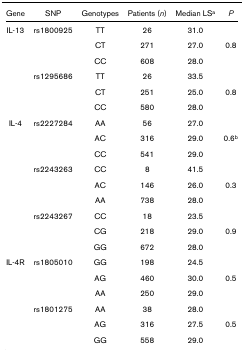
<table><thead><tr><td><b>Gene</b></td><td><b>SNP</b></td><td><b>Genotypes</b></td><td><b>Patients (<i>n</i>)</b></td><td><b>Median LS<sup>a</sup></b></td><td><b><i>P</i></b></td></tr></thead><tbody><tr><td>IL-13</td><td>rs1800925</td><td>TT</td><td>26</td><td>31.0</td><td></td></tr><tr><td></td><td></td><td>CT</td><td>271</td><td>27.0</td><td>0.8</td></tr><tr><td></td><td></td><td>CC</td><td>608</td><td>28.0</td><td></td></tr><tr><td></td><td>rs1295686</td><td>TT</td><td>26</td><td>33.5</td><td></td></tr><tr><td></td><td></td><td>CT</td><td>251</td><td>25.0</td><td>0.8</td></tr><tr><td></td><td></td><td>CC</td><td>580</td><td>28.0</td><td></td></tr><tr><td>IL-4</td><td>rs2227284</td><td>AA</td><td>56</td><td>27.0</td><td></td></tr><tr><td></td><td></td><td>AC</td><td>316</td><td>29.0</td><td>0.6<sup>b</sup></td></tr><tr><td></td><td></td><td>CC</td><td>541</td><td>29.0</td><td></td></tr><tr><td></td><td>rs2243263</td><td>CC</td><td>8</td><td>41.5</td><td></td></tr><tr><td></td><td></td><td>AC</td><td>146</td><td>26.0</td><td>0.3</td></tr><tr><td></td><td></td><td>AA</td><td>738</td><td>28.0</td><td></td></tr><tr><td></td><td>rs2243267</td><td>CC</td><td>18</td><td>23.5</td><td></td></tr><tr><td></td><td></td><td>CG</td><td>218</td><td>29.0</td><td>0.9</td></tr><tr><td></td><td></td><td>GG</td><td>672</td><td>28.0</td><td></td></tr><tr><td>IL-4R</td><td>rs1805010</td><td>GG</td><td>198</td><td>24.5</td><td></td></tr><tr><td></td><td></td><td>AG</td><td>460</td><td>30.0</td><td>0.5</td></tr><tr><td></td><td></td><td>AA</td><td>250</td><td>29.0</td><td></td></tr><tr><td></td><td>rs1801275</td><td>AA</td><td>38</td><td>28.0</td><td></td></tr><tr><td></td><td></td><td>AG</td><td>316</td><td>27.5</td><td>0.5</td></tr><tr><td></td><td></td><td>GG</td><td>558</td><td>29.0</td><td></td></tr></tbody></table>